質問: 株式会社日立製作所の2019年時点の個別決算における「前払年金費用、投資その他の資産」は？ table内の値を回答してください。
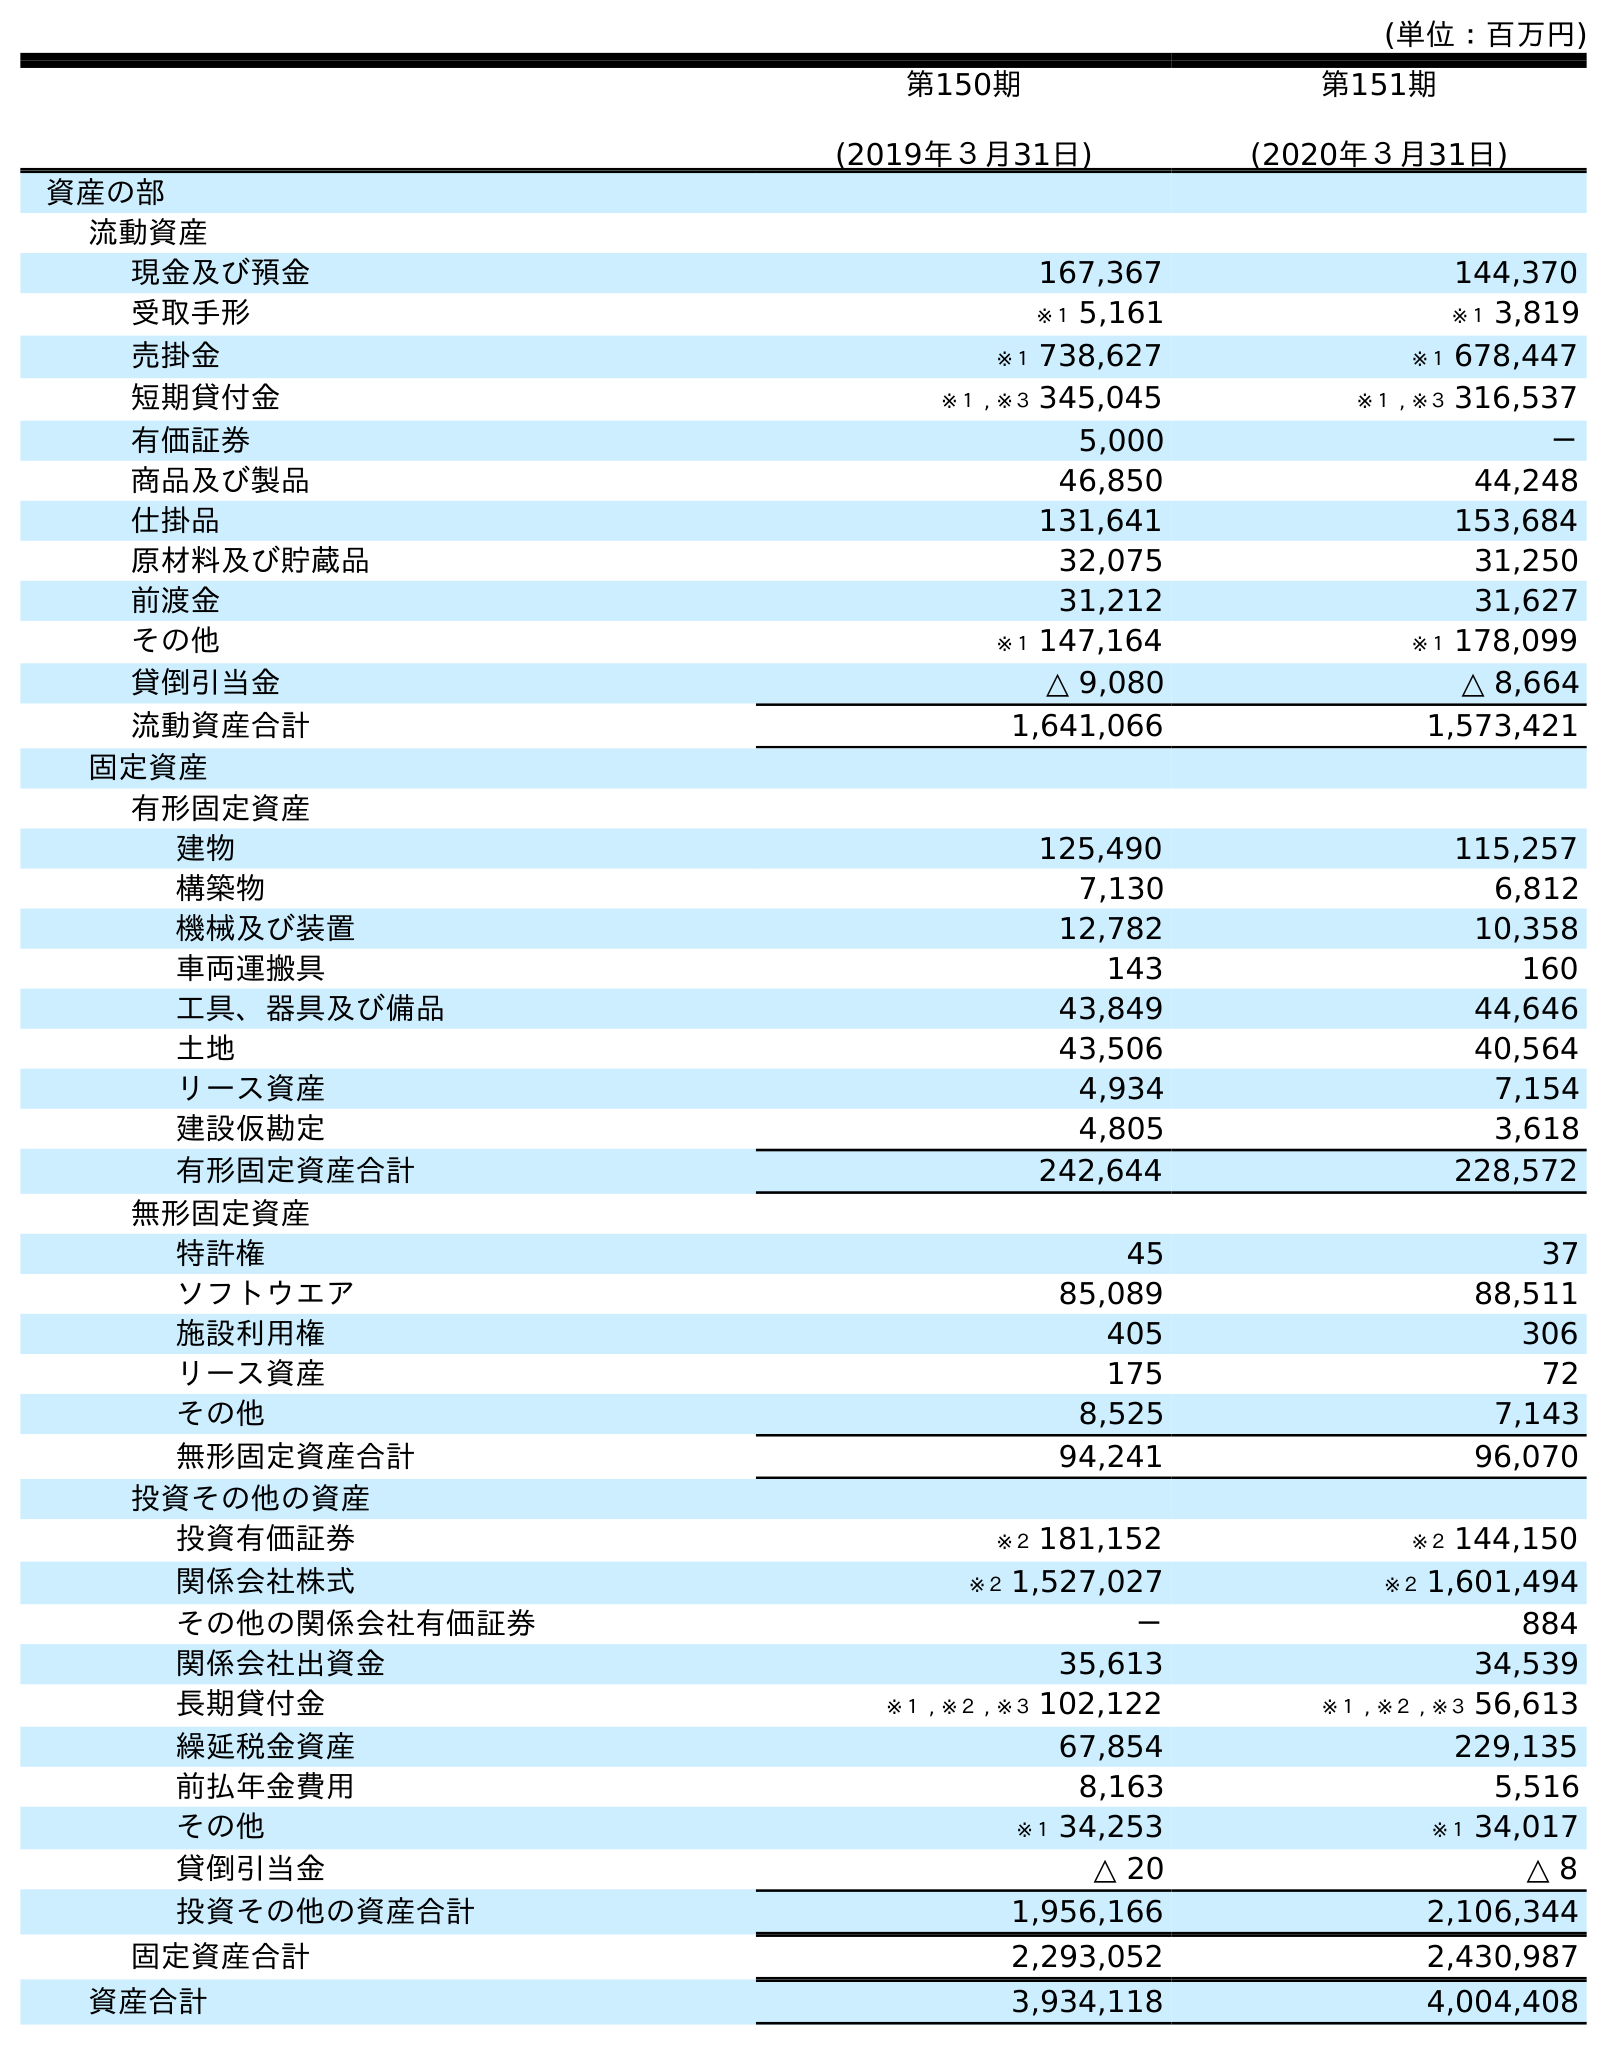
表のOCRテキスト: (単位：百万円) 第150期 (2019年３月31日) 第151期 (2020年３月31日) 資産の部 流動資産 現金及び預金 167,367 144,370 受取手形 ※１ 5,161 ※１ 3,819 売掛金 ※１ 738,627 ※１ 678,447 短期貸付金 ※１ , ※３ 345,045 ※１ , ※３ 316,537 有価証券 5,000 － 商品及び製品 46,850 44,248 仕掛品 131,641 153,684 原材料及び貯蔵品 32,075 31,250 前渡金 31,212 31,627 その他 ※１ 147,164 ※１ 178,099 貸倒引当金 △ 9,080 △ 8,664 流動資産合計 1,641,066 1,573,421 固定資産 有形固定資産 建物 125,490 115,257 構築物 7,130 6,812 機械及び装置 12,782 10,358 車両運搬具 143 160 工具、器具及び備品 43,849 44,646 土地 43,506 40,564 リース資産 4,934 7,154 建設仮勘定 4,805 3,618 有形固定資産合計 242,644 228,572 無形固定資産 特許権 45 37 ソフトウエア 85,089 88,511 施設利用権 405 306 リース資産 175 72 その他 8,525 7,143 無形固定資産合計 94,241 96,070 投資その他の資産 投資有価証券 ※２ 181,152 ※２ 144,150 関係会社株式 ※２ 1,527,027 ※２ 1,601,494 その他の関係会社有価証券 － 884 関係会社出資金 35,613 34,539 長期貸付金 ※１ , ※２ , ※３ 102,122 ※１ , ※２ , ※３ 56,613 繰延税金資産 67,854 229,135 前払年金費用 8,163 5,516 その他 ※１ 34,253 ※１ 34,017 貸倒引当金 △ 20 △ 8 投資その他の資産合計 1,956,166 2,106,344 固定資産合計 2,293,052 2,430,987 資産合計 3,934,118 4,004,408
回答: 8,163